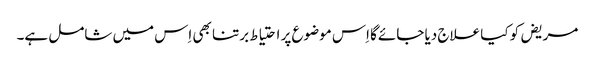
مریض کو کیا علاج دیا جائے‌گا اِس موضوع پر احتیاط برتنا بھی اِس میں شامل ہے۔